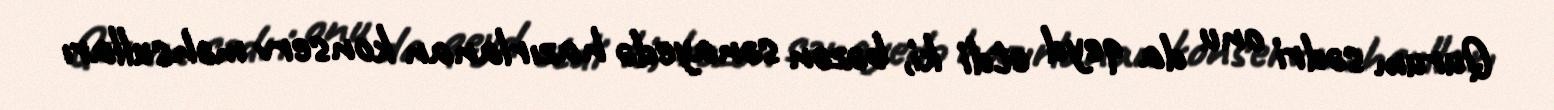
Qurum sədri onu da qeyd etdi ki, bəzən sənayedə hazırlanan konserv məhsulları